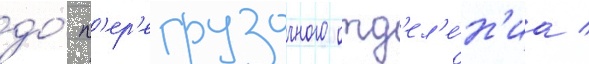
до́ п'ер'егрузочного отд'ел'е́н'иа /